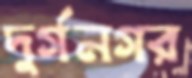
দুর্গনগর